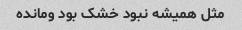
مثل همیشه نبود خشک بود ومانده